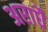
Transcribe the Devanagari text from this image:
अराधै